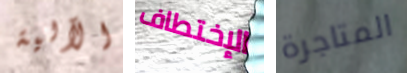
الآلية الإختطاف المتاجرة